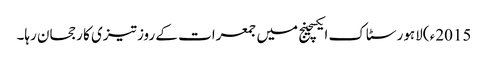
2015ء )لاہور سٹاک ایکسچینج میں جمعرات کے روز تیزی کا رجحان رہا۔